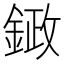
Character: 𮢙